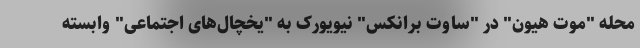
محله "موت هیون" در "ساوت برانکس" نیویورک به "یخچال‌های اجتماعی" وابسته